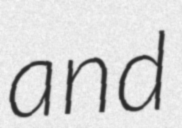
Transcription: and